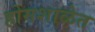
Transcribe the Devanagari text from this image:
होमशाळेत